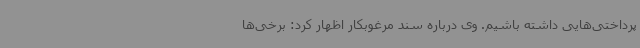
پرداختی‌هایی داشته باشیم. وی درباره سند مرغوبکار اظهار کرد: برخی‌ها